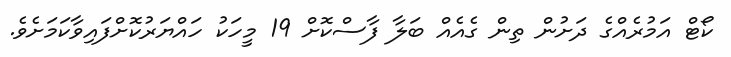
ކޯޓް އަމުރެއްގެ ދަށުން ތިން ގެެއެއް ބަލާ ފާސްކޮށް 19 މީހަކު ހައްޔަރުކޮށްފައިވާކަމަށެވެ.